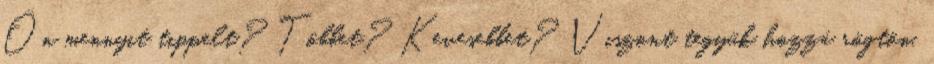
Ön mennyit tippelt? Többet? Kevesebbet? Viszont tegyük hozzá rögtön,